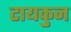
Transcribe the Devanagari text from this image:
टायकुन